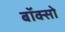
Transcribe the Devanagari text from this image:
बॉक्सो